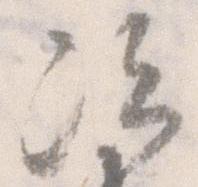
次